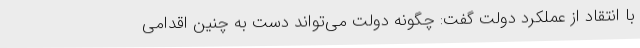
با انتقاد از عملکرد دولت گفت: چگونه دولت می‌تواند دست به چنین اقدامی